Annual report of the Punjab Veterinary College and of the Civil Veterinary Department, Punjab - 1894-1908
Year: 1894
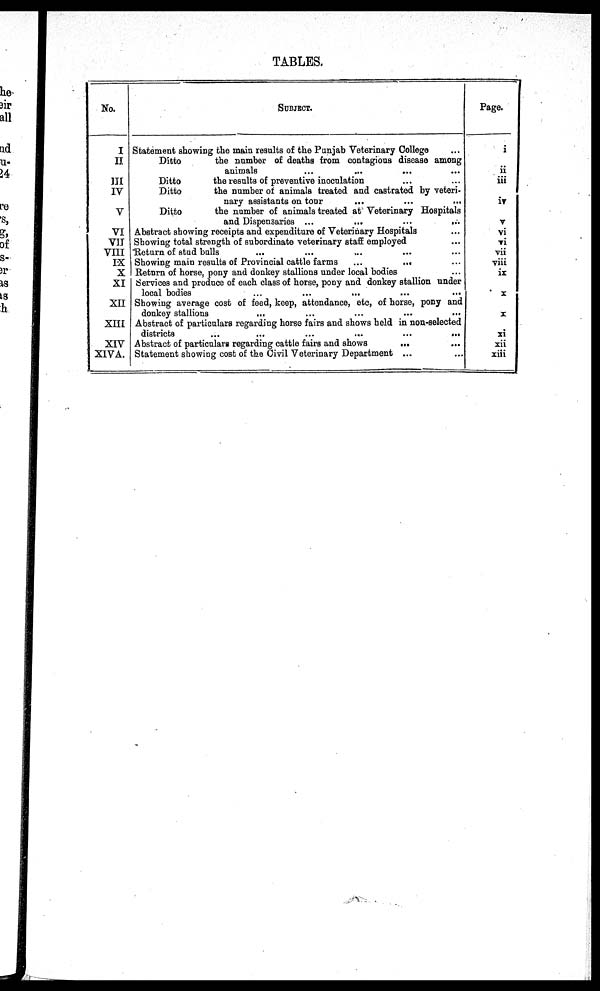
TABLES.
No.
I
II
III
IV
V
VI
VII
VIII
IX
X
XI
XII
XIII
XIV
XIVA.
SUBJECT.
Statement showing the main results of the Punjab Veterinary College ...
Ditto
the number of deaths from contagious disease among
animals ... ... ... ... ...
Ditto
the results of preventive inoculation ... ... ...
Ditto
the number of animals treated and castrated by veteri-
nary assistants on tour
... ... ... ... ... ...
Ditto
the number of animals treated at Veterinary Hospitals
and Dispensaries ...
...
...
...
Abstract showing receipts and expenditure of Veterinary Hospitals ...
Showing total strength of subordinate veterinary staff employed ...
Return of stud bulls ... ... ... ... ...
Showing main results of Provincial cattle farms
...
...
Return of horse, pony and donkey stallions under local bodies ...
Services and produce of each class of horse, pony and donkey stallion under
local bodies ... ... ... ... ...
Showing average cost of feed, keep, attendance, etc, of horse, pony and
donkey stallions ... ... ... ... ...
Abstract of particulars regarding horse fairs and shows held in non-selected
districts
...
...
...
...
...
...
Abstract of particulars regarding cattle fairs and shows
... ...
Statement showing cost of the Civil Veterinary Department ... ...
Page.
i
ii
iii
iv
V
vi
vi
vii
viii
ix
x
x
xi
xii
xiii